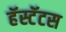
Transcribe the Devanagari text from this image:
हॅस्टॅटस